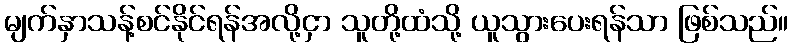
မျက်နှာသန့်စင်နိုင်ရန်အလို့ငှာ သူတို့ထံသို့ ယူသွားပေးရန်သာ ဖြစ်သည်။